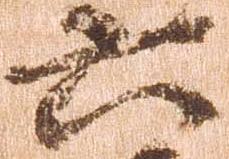
六